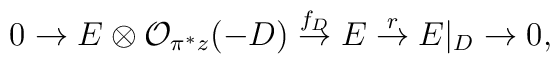
0 \rightarrow E \otimes {\cal O}_{\pi^{*}z} (-D)\stackrel{f_{D}}{\rightarrow} E \stackrel{r}{\rightarrow}E|_{D} \rightarrow 0,